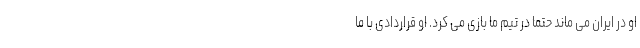
او در ایران می ماند حتما در تیم ما بازی می کرد. او قراردادی با ما